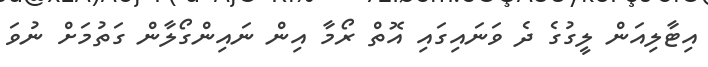
އިޓާލިއަން ލީގުގެ ދެ ވަނައިގައި އޮތް ރޯމާ އިން ނައިންގޯލާން ގަތުމަށް ނުވަ